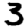
Digit: 3